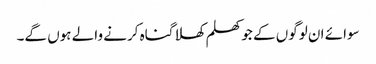
سوائے ان لوگوں کے جو کھلم کھلا گناہ کرنے والے ہوں گے۔